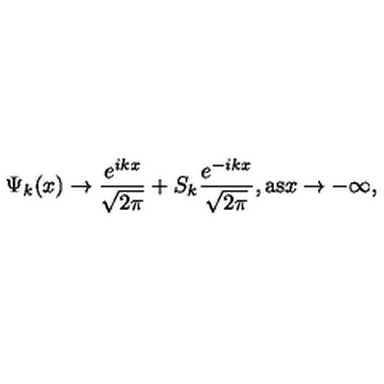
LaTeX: \Psi _ { k } ( x ) \rightarrow \frac { e ^ { i k x } } { \sqrt { 2 \pi } } + S _ { k } \frac { e ^ { - i k x } } { \sqrt { 2 \pi } } , \mathrm { a s } x \rightarrow - \infty ,